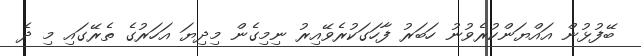
ބޭފުޅުން އައްޔަންކުރެވުނު ހަބަރު ފާހަަގަކުރެވޭއިރު ނިމިގެން މިދިޔަ އަހަރުގެ ތެރޭގައި މި ދެ